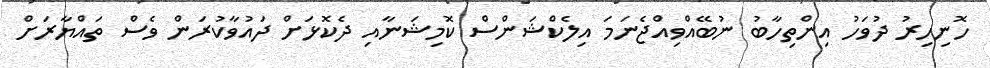
ހޮނިހިރު ދުވަހު އިންތިހާބު ނުބޭއްވިއްޖެނަމަ އިލެކްޝަންސް ކޮމިޝަނާއި ދެކޮޅަށް ދައުވާކުރަން ވެސް ތައްޔާރަށް